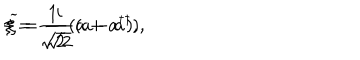
LaTeX: \xi = \frac { 1 } { \sqrt { 2 } } ( a + a ^ { \dagger } ) , \hspace { 1 . 0 i n } { \widetilde \xi } = \frac { i } { \sqrt { 2 } } ( a - a ^ { \dagger } ) ,